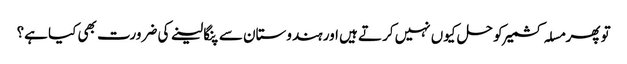
تو پھر مسلہ کشمیر کو حل کیوں نہیں کرتے ہیں اور ہندوستان سے پنگا لینے کی ضرورت بھی کیا ہے؟